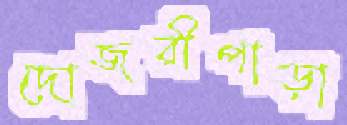
দোজরীপাড়া